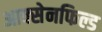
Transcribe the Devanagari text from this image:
आक्सेनफिल्ड